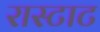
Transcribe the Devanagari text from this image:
रास्टाट